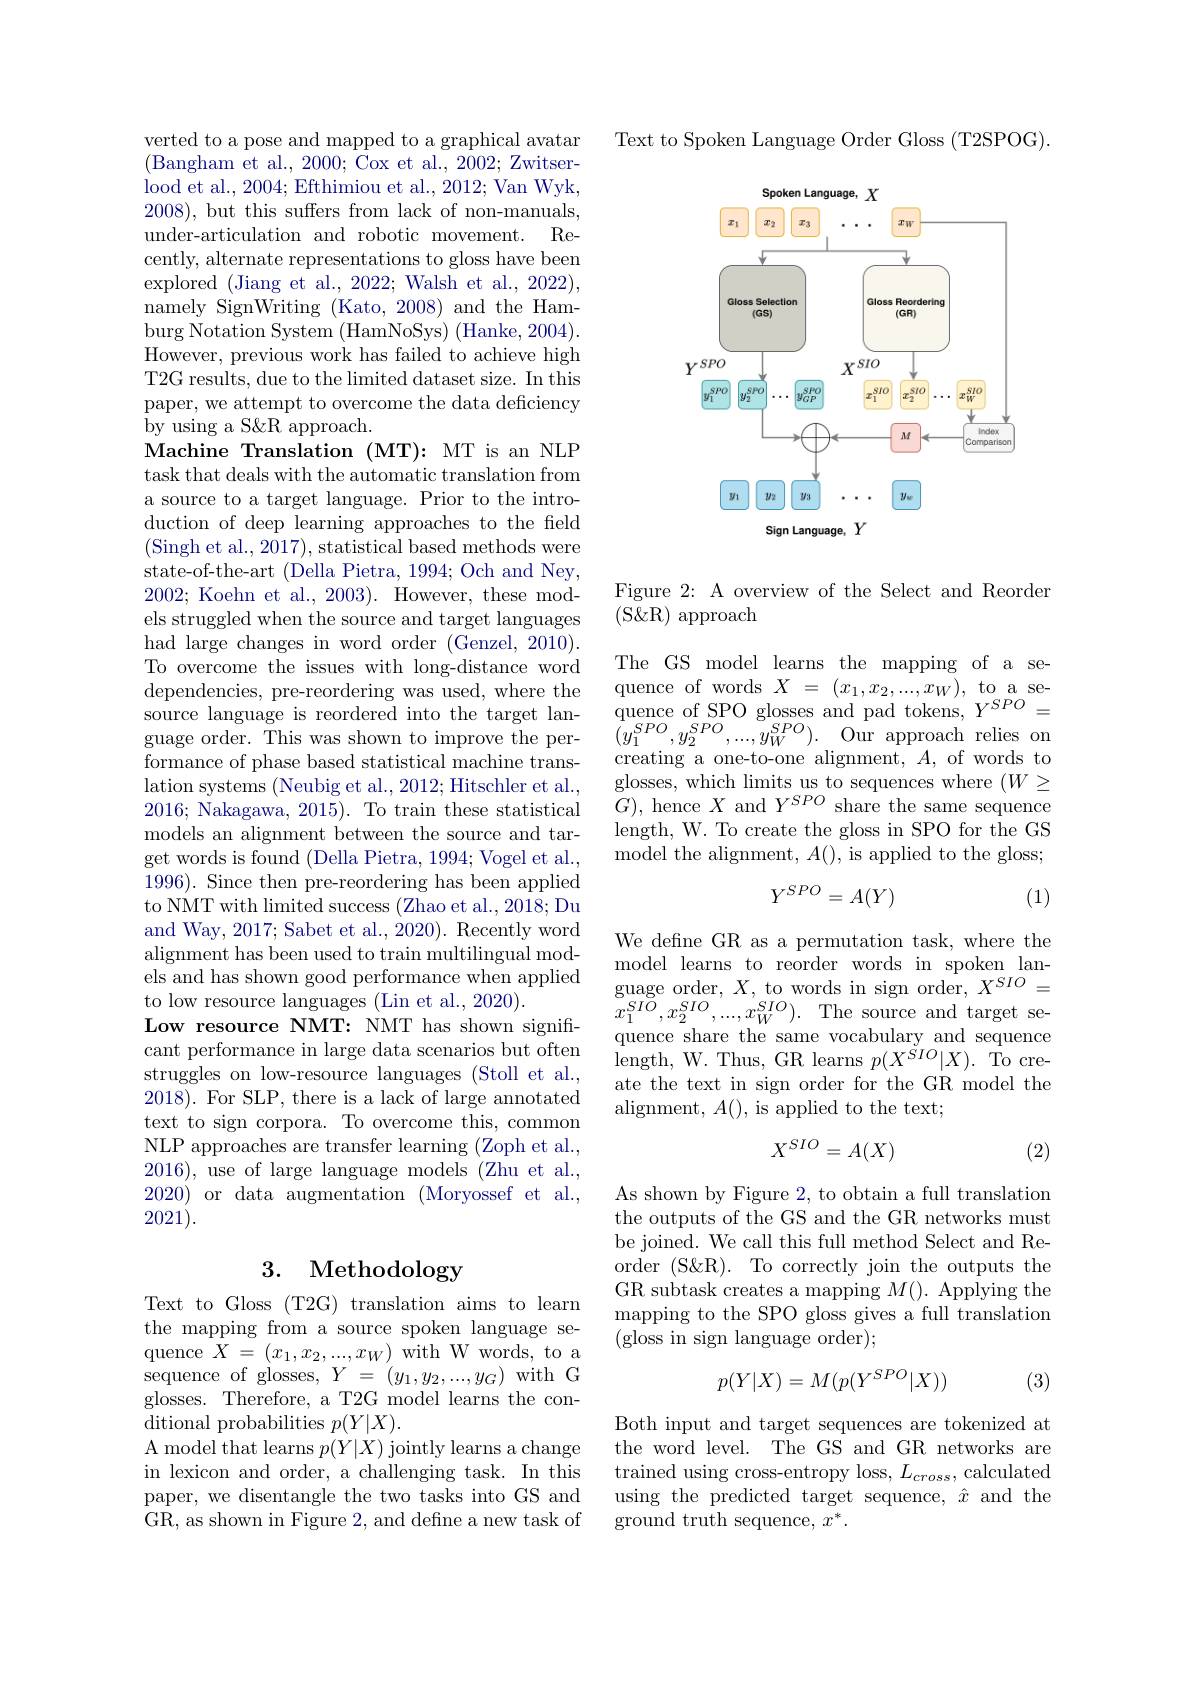
verted to a pose and mapped to a graphical avatar (Bangham et al., 2000; Cox et al., 2002; Zwitserlood et al. , 2004; Efthimiou et al. , 2012; Van Wyk, 2008), but this suffers from lack of non-manuals, under-articulation and robotic movement. Recently, alternate representations to gloss have been explored (Jiang et al., 2022; Walsh et al., 2022), namely SignWriting (Kato, 2008) and the Hamburg Notation System (HamNoSys) (Hanke, 2004). However, previous work has failed to achieve high T2G results, due to the limited dataset size. In this paper, we attempt to overcome the data deficiency by using a S&R approach.
Machine Translation (MT): MT is an NLP task that deals with the automatic translation from a source to a target language. Prior to the introduction of deep learning approaches to the feld (Singh et al., 2017), statistical based methods were state-of-the-art (Della Pietra, 1994; Och and Ney, 2002; Koehn et al., 2003). However, these models struggled when the source and target languages had large changes in word order (Genzel, 2010). To overcome the issues with long-distance word dependencies, pre-reordering was used, where the
guage order. This was shown to improve the performance of phase based statistical machine translation systems (Neubig et al., 2012; Hitschler et al., 2016; Nakagawa, 2015). To train these statistical models an alignment between the source and target words is found (Della Pietra, 1994; Vogel et al., 1996). Since then pre-reordering has been applied to NMT with limited success (Zhao et al., 2018; Du and Way, 2017; Sabet et al., 2020). Recently word alignment has been used to train multilingual models and has shown good performance when applied to low resource languages (Lin et al., 2020).
Low resource NMT: NMT has shown significant performance in large data scenarios but often struggles on low-resource languages (Stoll et al., 2018). For SLP, there is a lack of large annotated text to sign corpora. To overcome this, common NLP approaches are transfer learning ( Zoph et al. , 2016),use of large language models (Zhu et al., 2020)ordata augmentation ( Moryossef et al. , 2021).

# 3. Methodology

Text to Gloss (T2G) translation aims to learn the mapping from a source spoken language se- $\begin{array}{l}{\mathrm{quence~}X=(x_{1},x_{2},...,x_{W})\text{ with W words, to a}}\\{\mathrm{sequence~of~glosses,~}Y=~(y_{1},y_{2},...,y_{G})\text{ with G}}\\{\mathrm{glosses.~Therefore,~a~T2G~model~learns~the~con-}}\end{array}$ ditional probabilities $p(Y|X).$
${\mathrm{A~model~that~learns~}p(Y|X)}$jointly learns a change in lexicon and order, a challenging task. In this paper, we disentangle the two tasks into GS and GR, as shown in Figure 2, and defne a new task of

Text to Spoken Language Order Gloss (T2SPOG).

<FigureHere>

Figure 2: A overview of the Select and Reorder
(S&R) approach

The GS model learns the mapping of a sequence of words $X=(x_1,x_2,...,x_W)$, to a secreating a one-to-one alignment, $A$, of words to glosses, which limits us to sequences where $( W\geq$ $G)$, hence $X$ and $Y^{SPO}$ share the same sequence length, W. To create the gloss in SPO for the GS model the alignment, $A()$, is applied to the gloss;
$$Y^{SPO}=A(Y)$$
(1)

We define GR as a permutation task, where the model learns to reorder words in spoken lan- $\begin{array}{l}{\mathrm{guage~order,~}X,\mathrm{to~words~in~sign~order,~}X^{SIO}=}\\{x_{1}^{SIO},x_{2}^{SIO},\ldots,x_{W}^{SIO}).\mathrm{~The~source~and~target~se-}}\end{array}$ quence share the same vocabulary and sequence ${\mathrm{length,~W.~Thus,~GR~learns~}p(X^{\ddot{S}IO}|X).~}{\mathrm{To~cre-}}$ ate the text in sign order for the GR model the alignment, $A()$, is applied to the text;
$$X^{SIO}=A(X)$$
(2)

As shown by Figure 2, to obtain a full translation the outputs of the GS and the GR networks must be joined. We call this full method Select and Reorder (S\&R). To correctly join the outputs the GR subtask creates a mapping $M().$ Applying the mapping to the SPO gloss gives a full translation (gloss in sign language order);
$$p(Y|X)=M(p(Y^{SPO}|X))$$
(3)

Both input and target sequences are tokenized at the word level. The GS and GR networks are trained using cross-entropy loss, $L_cross$, calculated using the predicted target sequence, $\hat{x}$ and the ground truth sequence, $x^*.$